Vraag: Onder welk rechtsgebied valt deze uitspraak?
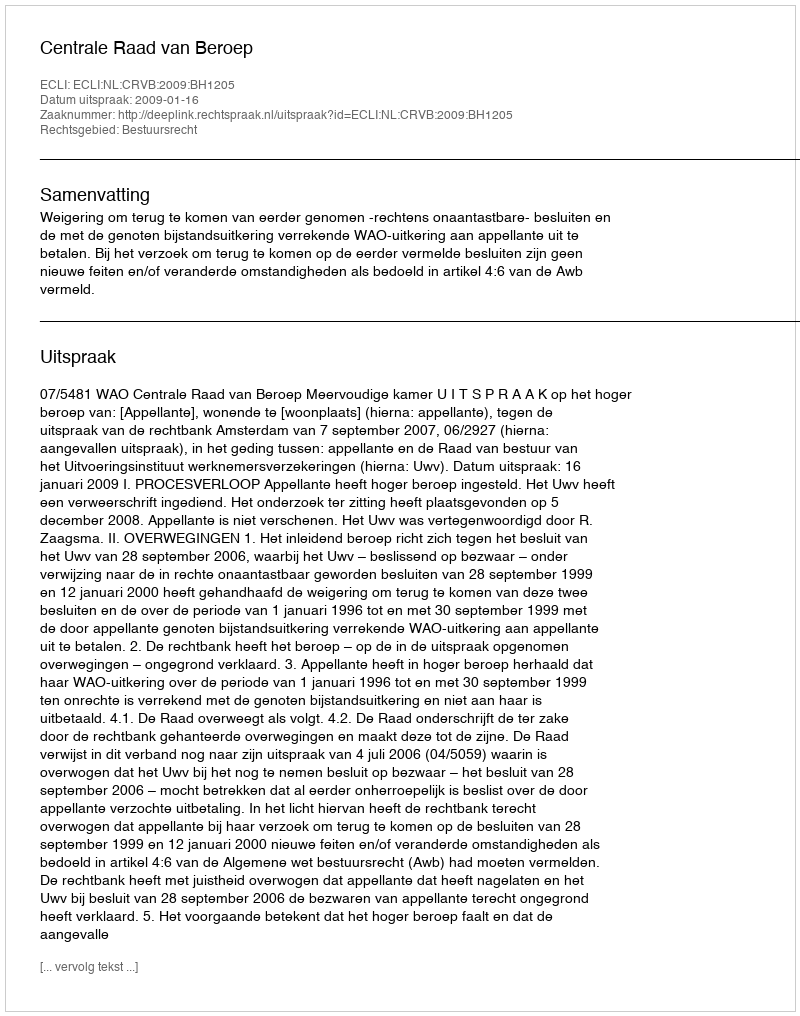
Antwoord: Bestuursrecht